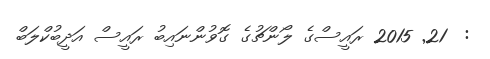
:  21